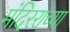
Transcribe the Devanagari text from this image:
मंदिरराच्या